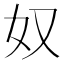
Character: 奴